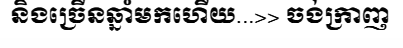
និងច្រើនឆ្នាំមកហើយ...>> ចង់ក្រាញ